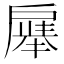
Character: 𪭚